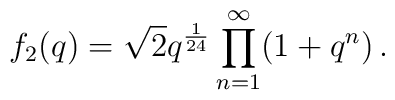
f_2(q) = \sqrt{2} q^{\frac{1}{24}} \prod_{n=1}^{\infty} (1+q^n)\,.